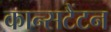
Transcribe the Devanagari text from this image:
कान्सटैंटन